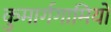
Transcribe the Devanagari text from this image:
कुमार्गगामियों